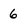
Character: 6